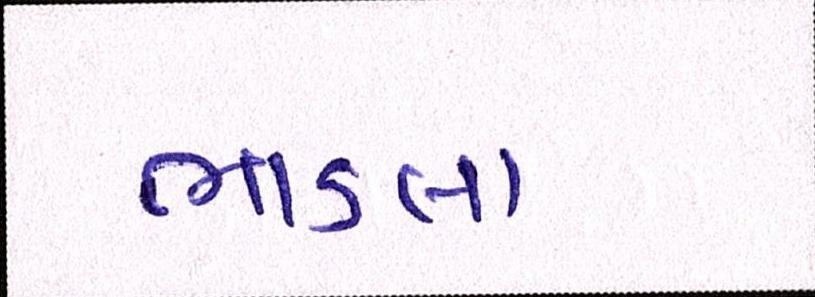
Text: ભાડલા